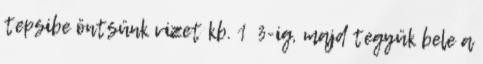
tepsibe öntsünk vizet kb. 1 3-ig, majd tegyük bele a